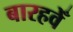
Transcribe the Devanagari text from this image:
बारहवेँ